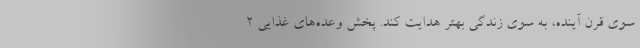
سوی قرن آینده، به سوی زندگی بهتر هدایت کند. پخش وعده‌های غذایی ۲